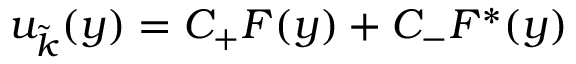
u _ { \tilde { k } } ( y ) = C _ { + } F ( y ) + C _ { - } F ^ { * } ( y )